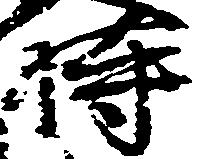
時